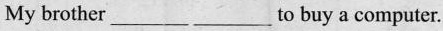
My brother_________to buy a computer.